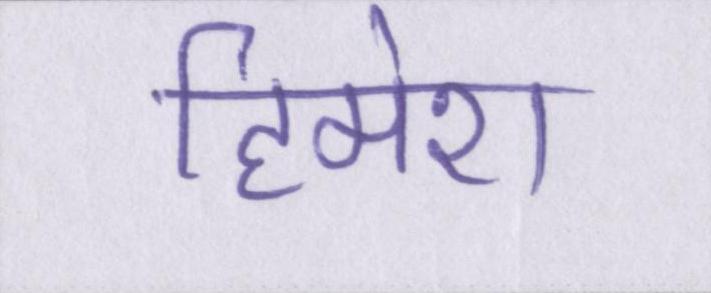
हिमेश